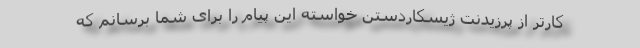
کارتر از پرزیدنت ژیسکاردستن خواسته این پیام را برای شما برسانم که